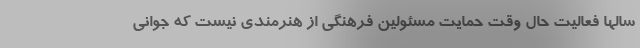
سالها فعالیت حال وقت حمایت مسئولین فرهنگی از هنرمندی نیست که جوانی